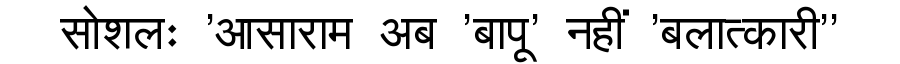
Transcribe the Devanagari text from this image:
सोशलः 'आसाराम अब 'बापू' नहीं 'बलात्कारी''